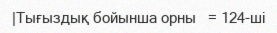
|Тығыздық бойынша орны   = 124-ші